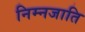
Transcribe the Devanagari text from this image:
निम्नजाति